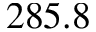
2 8 5 . 8